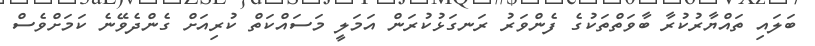
ބަލައި ތައްޔާރުކުރާ ބާވަތްތަކުގެ ފެންވަރު ރަނގަޅުކުރަން އަމަލީ މަސައްކަތް ކުރިއަށް ގެންދެވޭނެ ކަމަށްވެސް